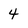
Character: 4